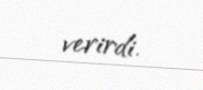
verirdi.